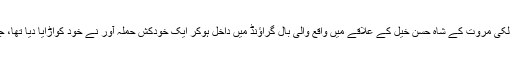
یہ بات قابل ذکر ہے کہ سال رواں کے پہلے روز لکی مروت کے شاہ حسن خیل کے علاقے میں واقع والی بال گراؤنڈ میں داخل ہوکر ایک خودکش حملہ آور نے خود کواڑایا دیا تھا، جس سے 100سے زیادہ افراد ہلاک ہو گئے تھے۔